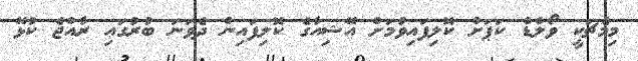
މިމެޗަކީ ވޯލްޑް ކަޕަށް ކޮލިފައިވުމަށް އޭޝިއާގެ ކޮލިފައިން ދެވަނަ ބުރުގައި ރާއްޖެ ކުޅޭ